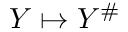
Y \mapsto Y ^ { \# }